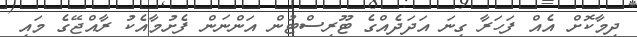
ދިމާކޮށް އެއް ފަހަރާ ގިނަ އަދަދެއްގެ ޓޫރިސްޓުން އަންނަން ފެށުމާއެކު ރާއްޖޭގެ މައި